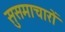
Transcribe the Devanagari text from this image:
सुसमाचारों